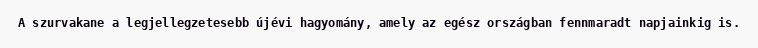
A szurvakane a legjellegzetesebb újévi hagyomány, amely az egész országban fennmaradt napjainkig is.